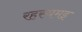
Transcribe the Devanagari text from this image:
रहस्यमइ